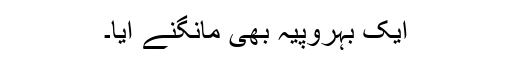
ایک بہروپیہ بھی مانگنے آیا۔